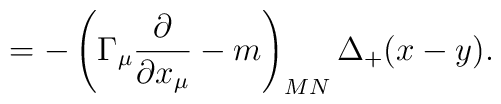
=-\left( \Gamma _\mu \frac \partial {\partial x_\mu }-m\right)_{MN}\Delta _{+}(x-y) .